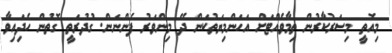
މިއޮތީ މިސަރުކާރުން ތިމާވެއްޓަށް އަހަންމިޔަތުކަން ދޭ މިންވަރު ފެންނަން. ގުދުރަތީ ގޮތުން ހެދިައިވާ